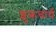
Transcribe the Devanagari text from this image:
शुक्रचार्य